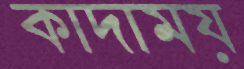
কাদাময়